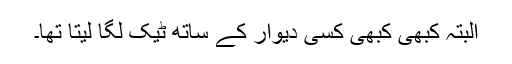
البتہ کبھی کبھی کسی دیوار کے ساتھ ٹیک لگا لیتا تھا۔